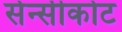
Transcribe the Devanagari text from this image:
सेन्सीकोट